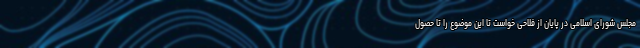
مجلس شورای اسلامی در پایان از فلاحی خواست تا این موضوع را تا حصول